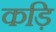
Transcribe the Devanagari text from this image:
कड़ि